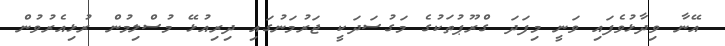
އޭނާ ވިދާޅުވެފައި ވަނީ މިފަދަ ގްރޫޕުތަކުގެ މަގުސަދަކީ ޖަރުމަނުގައި ދިރިއުޅޭ މުސްލިމުން ރުޅިއެރުވުން